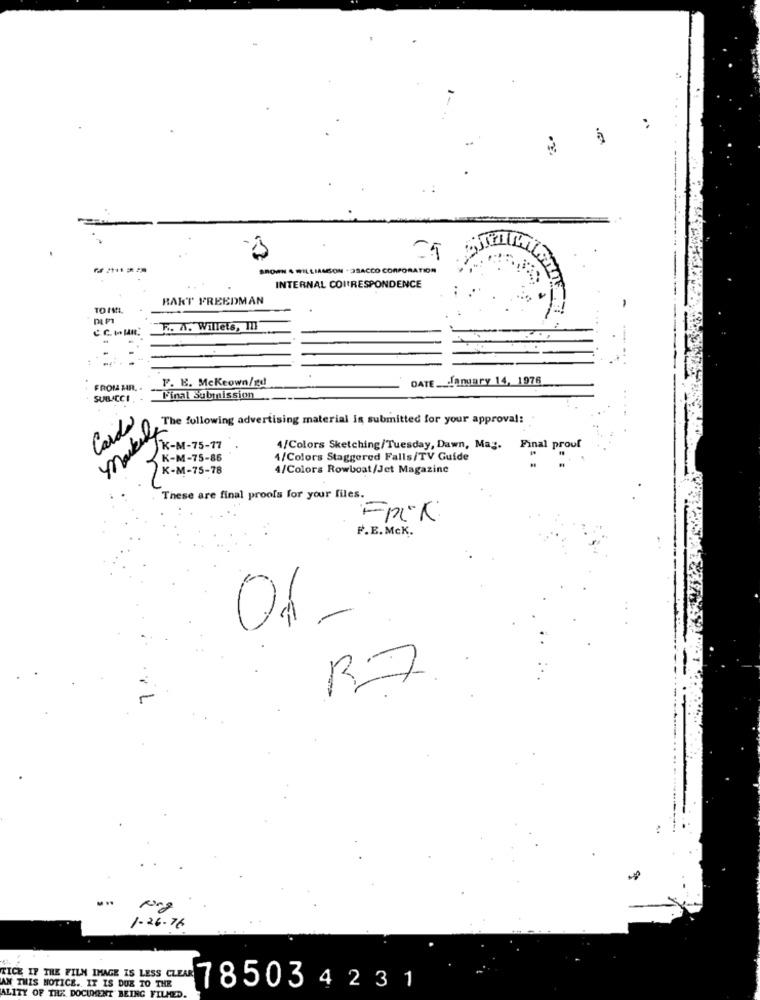
BROWN . WILLIAMSON +3SACCO CORPORATION
INTERNAL COITRESPONDENCE
RAKT FREEDMAN
TO ML
-
C.C. I. HR.
R. A. Willets, MI
F. E. Mckeown/gd
DATE __ January 14, 1976
FROM HR. .
SUBACCI
Final Submission
Cards
markeds
The following advertising material is submitted for your approval:
K-M-75-17
4/Colors Sketching/Tuesday, Dawn, Mag.
Final prouf
K-M-75-86
4/Colors Staggered Falls/TV Guide
K-M-75-78
4/Colors Rowboat/Jet Magazine
These are final proofs for your files.
F.E.McK.
R7.
1-26-76
TICE IF THE FILM IMAGE IS LESS CLEAR
AN THIS NOTICE. IT IS DUE TO THE
785034231
ALITY OF THE DOCUMENT BEING FILLED.